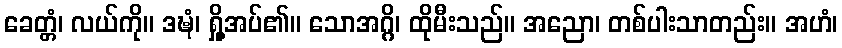
ခေတ္တံ၊ လယ်ကို။ ဒဍ္ဎံ၊ ရှို့အပ်၏။ သောအဂ္ဂိ၊ ထိုမီးသည်။ အညော၊ တစ်ပါးသာတည်း။ အဟံ၊